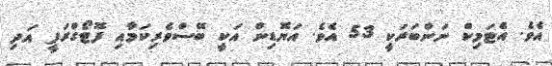
އެވެ. އެޓަމިކް ނަންބަރަކީ 53 އެވެ. އަޔޮޑިން އަކީ ބޭސްވެރިކަމާއި ފޮޓޯގްރަފީ އަދި